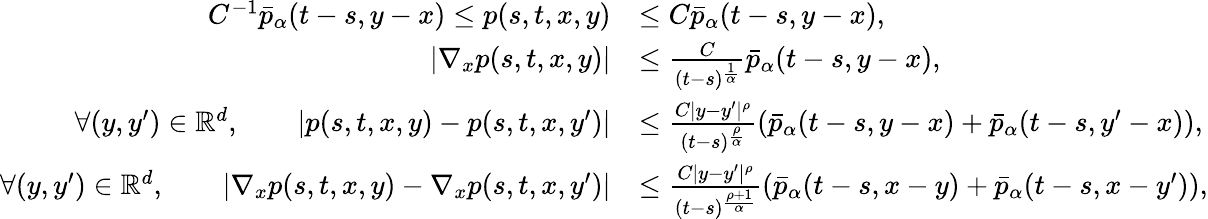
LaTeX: \begin{array}{rl}{C^{-1}\bar{p}_{\alpha}(t-s,y-x)\leq p(s,t,x,y)}&{\leq C\bar{p}_{\alpha}(t-s,y-x),}\\ {\left|\nabla_{x}p(s,t,x,y)\right|}&{\leq\frac{C}{(t-s)^{\frac{1}{\alpha}}}\bar{p}_{\alpha}(t-s,y-x),}\\ {\forall(y,y^{\prime})\in\mathbb{R}^{d},\qquad\left|p(s,t,x,y)-p(s,t,x,y^{\prime})\right|}&{\leq\frac{C|y-y^{\prime}|^{\rho}}{(t-s)^{\frac{\rho}{\alpha}}}\left(\bar{p}_{\alpha}(t-s,y-x)+\bar{p}_{\alpha}(t-s,y^{\prime}-x)\right),}\\ {\forall(y,y^{\prime})\in\mathbb{R}^{d},\qquad\left|\nabla_{x}p(s,t,x,y)-\nabla_{x}p(s,t,x,y^{\prime})\right|}&{\leq\frac{C|y-y^{\prime}|^{\rho}}{(t-s)^{\frac{\rho+1}{\alpha}}}\left(\bar{p}_{\alpha}(t-s,x-y)+\bar{p}_{\alpha}(t-s,x-y^{\prime})\right),}\end{array}